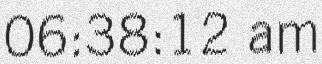
06:38:12 am